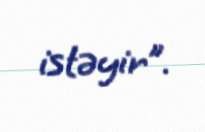
istəyir”.